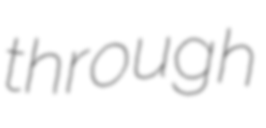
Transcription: through